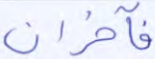
فآخران